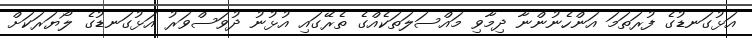
އަޅުގަނޑުގެ ފުރަތަމަ އަންހެނުންނާ ދިމާވި މައްސަލަތަކެއްގެ ތެރޭގައި އުޅުނު ދުވަސްވަރު އަޅުގަނޑުގެ ލޯޔަރަކަށް